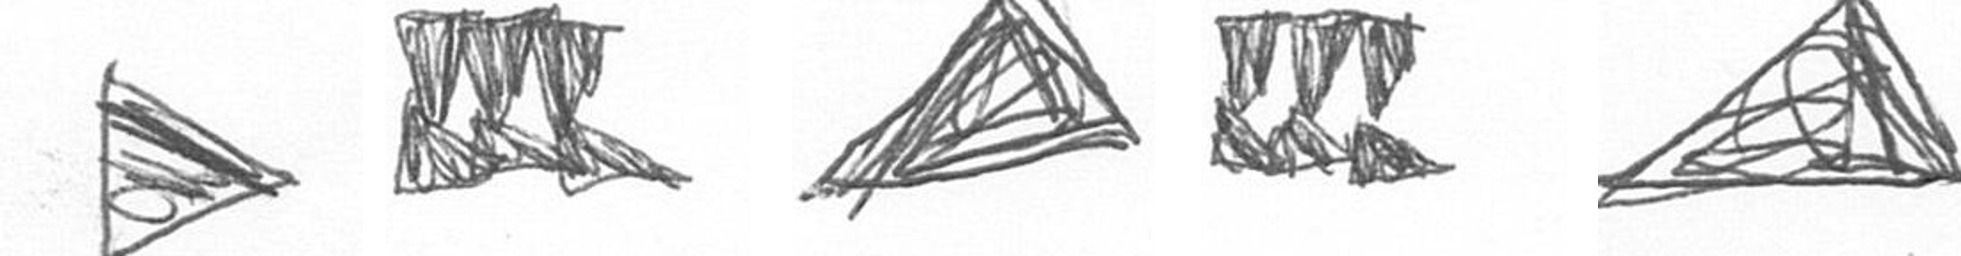
T D O D O